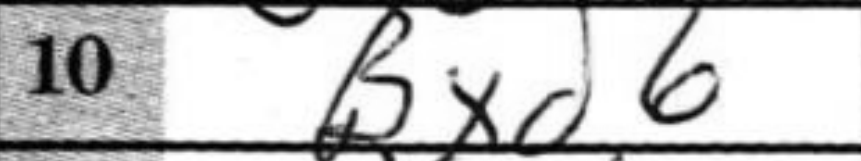
Transcription: Bxd6